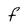
Character: F